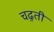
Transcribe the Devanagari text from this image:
चढ़़ती